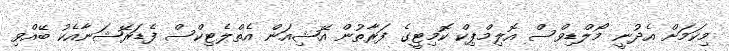
މިކަމަށް އެދުނީ މޯލްޑިވްސް އޮލިމްޕިކް ކޮމިޓީގެ ފަރާތުން އޭޝިއަން އެތްލެޓިކްސް ފެޑަރޭޝަނާއެކު ބޭއްވި